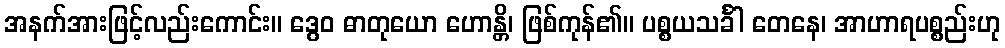
အနက်အားဖြင့်လည်းကောင်း။ ဒွေဝ ဓာတုယော ဟောန္တိ၊ ဖြစ်ကုန်၏။ ပစ္စယသင်္ခါ တေနေ၊ အာဟာရပစ္စည်းဟု